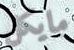
مايكل